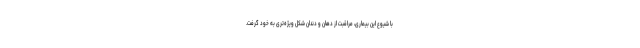
با شیوع این بیماری، مراقبت از دهان‌ و دندان شکل ویژه‌تری به خود گرفت.